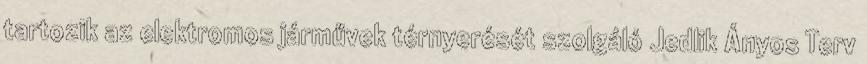
tartozik az elektromos járművek térnyerését szolgáló Jedlik Ányos Terv